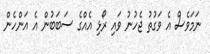
ނަމަވެސް އެ ވަގުތު ޖެހުނު ވައި ރޯޅި އެއްގެ ސަބަބުން އެ އަންހެން